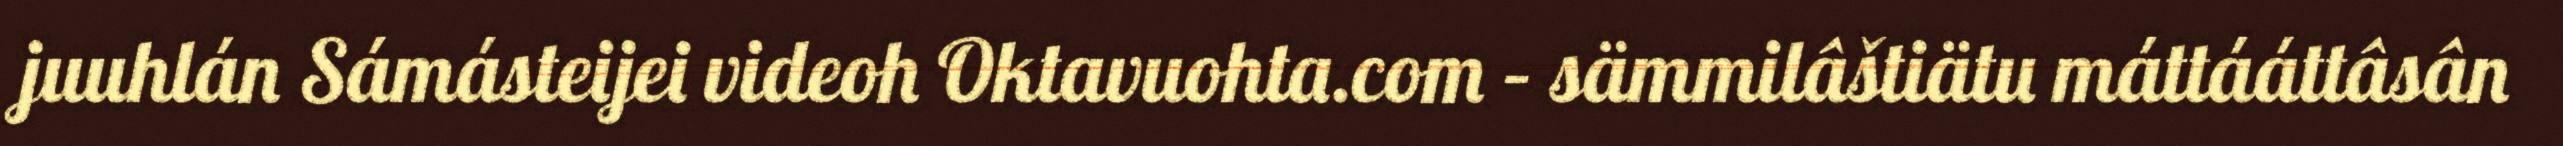
juuhlán Sámásteijei videoh Oktavuohta.com – sämmilâštiätu máttááttâsân